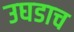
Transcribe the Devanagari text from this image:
उघडाच